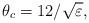
LaTeX: \begin{align*}\theta_c=12/\sqrt{\varepsilon},\end{align*}